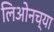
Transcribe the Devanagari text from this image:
लिओनच्या